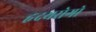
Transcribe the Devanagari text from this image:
हृदयरोगो